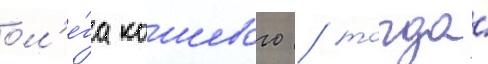
ол'е́га кошевого / тогда́